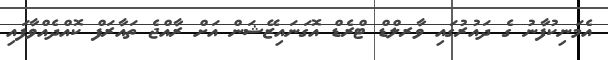
އެމަނިކުފާނު ގެ ދައުރުގައި ވާރލްޑް ޓްރެޑް އޮގަނައިޒޭޝަން އަށް ރާއްޖެ ތައާރަފް ކޮއްދެއްވާފައި